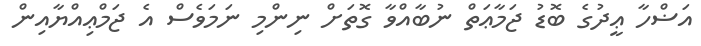
އަޟްހާ ޢީދުގެ ބޮޑު ޖަމާޢަތް ނުބާއްވާ ގޮތަށް ނިންމި ނަމަވެސް އެ ޖަމްޢިއްޔާއިން